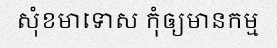
សុំខមាទោស កុំឲ្យមានកម្ម